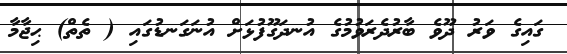
ގައިގެ ވަރު ދޫވެ ބާރުދެރަވުމުގެ އުނދަގޫފުޅަށް އުނަގަނޑުގައި ( ތެތް) ޙިޖާމާ